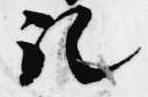
記